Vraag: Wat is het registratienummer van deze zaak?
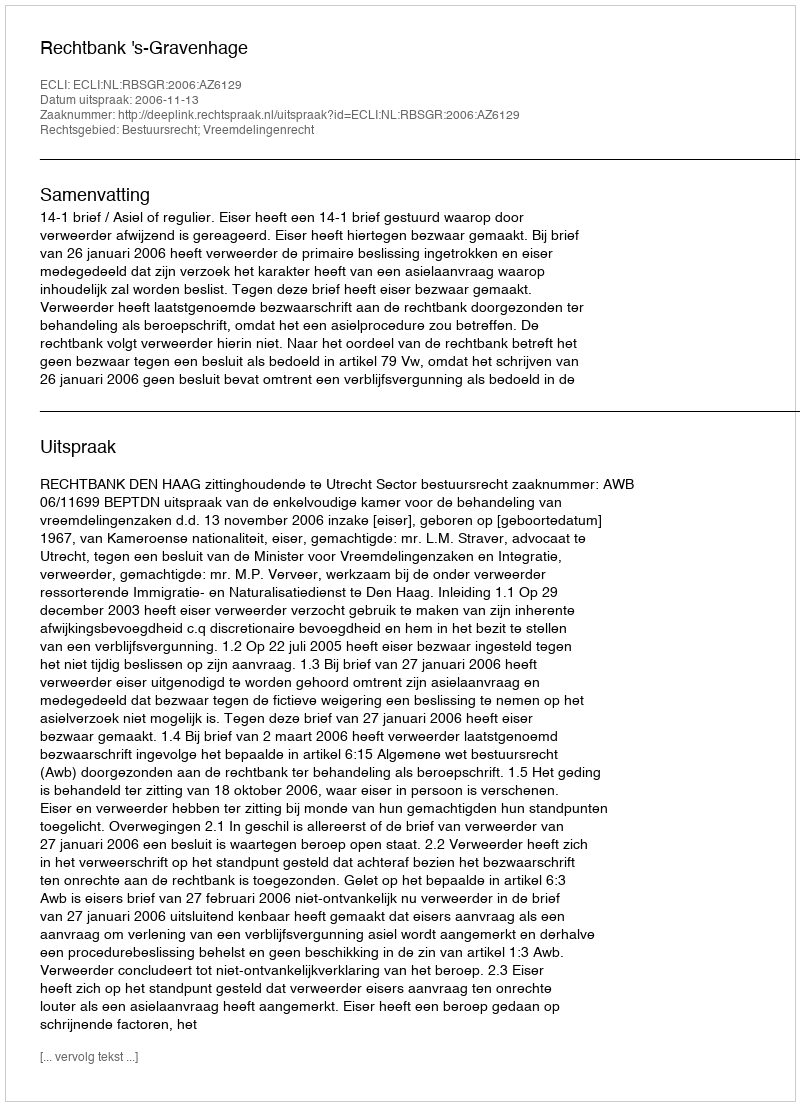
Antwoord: http://deeplink.rechtspraak.nl/uitspraak?id=ECLI:NL:RBSGR:2006:AZ6129